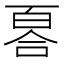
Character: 𠷡